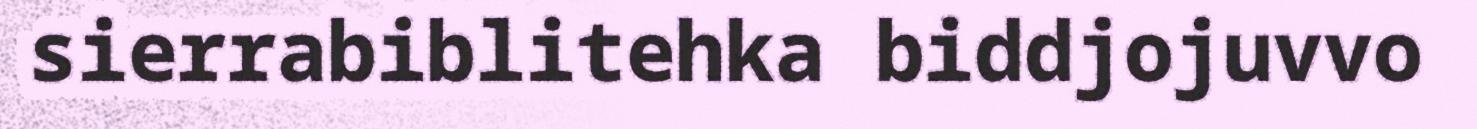
sierrabiblitehka biddjojuvvo